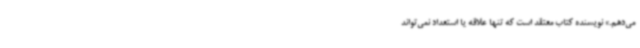
می‌دهم.» نویسنده کتاب معتقد است که تنها علاقه یا استعداد نمی‌تواند